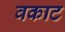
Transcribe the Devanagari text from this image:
वकाट